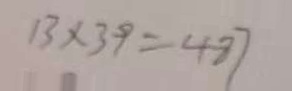
1 3 \times 3 9 = 4 8 7